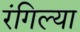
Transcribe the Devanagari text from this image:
रंगिल्या